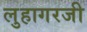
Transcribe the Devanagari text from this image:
लुहागरजी